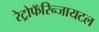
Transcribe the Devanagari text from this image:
रेट्रोफॅरिन्जायटल